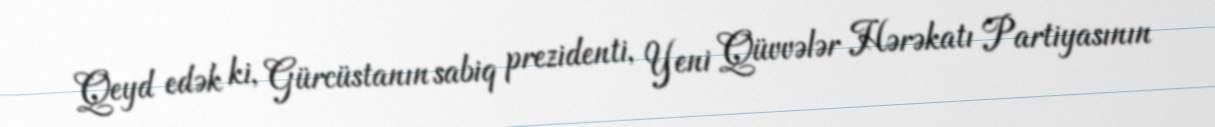
Qeyd edək ki, Gürcüstanın sabiq prezidenti, Yeni Qüvvələr Hərəkatı Partiyasının